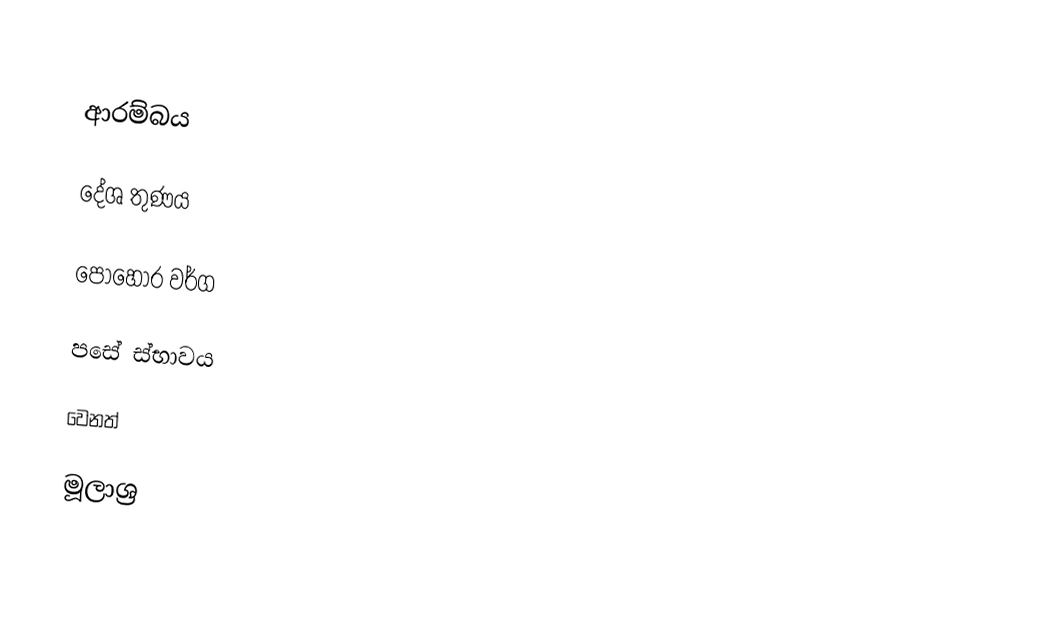

ආරම්බය

දේශ තුණය

පොහොර වර්ග

පසේ ස්භාවය

වෙනත්

මූලාශ්‍ර